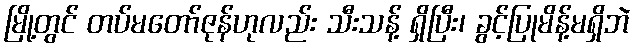
မြို့တွင် တပ်မတော်ဇုန်ဟုလည်း သီးသန့် ရှိပြီး၊ ခွင့်ပြုမိန့်မရှိဘဲ